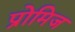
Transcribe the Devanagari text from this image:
प्रोमिज